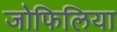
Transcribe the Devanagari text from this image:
जोफिलिया